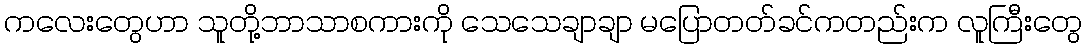
ကလေးတွေဟာ သူတို့ဘာသာစကားကို သေသေချာချာ မပြောတတ်ခင်ကတည်းက လူကြီးတွေ